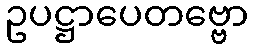
ဥပဋ္ဌာပေတဗ္ဗော